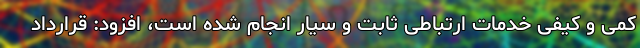
کمی و کیفی خدمات ارتباطی ثابت و سیار انجام شده است، افزود: قرارداد